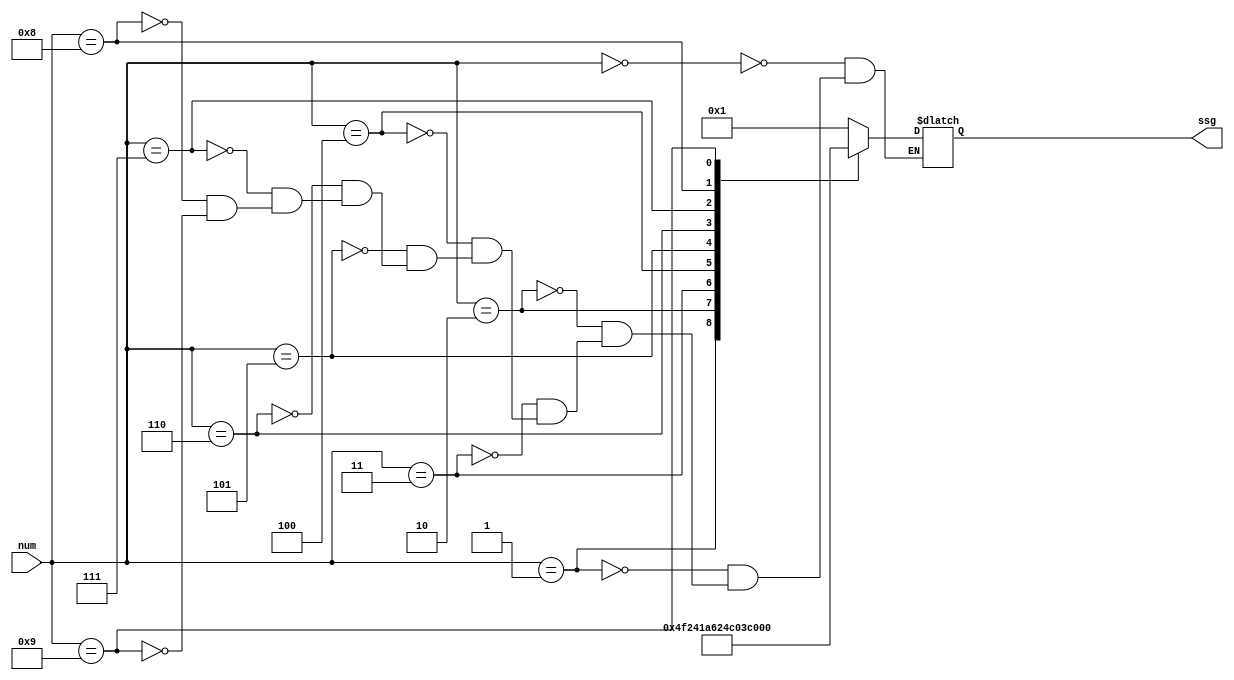
module ssgfont (
   input [3:0]      num,
   output reg [6:0] ssg);

   always @(*)
     begin
        case(num)
          4'h0: ssg <= ~7'b1111110;
          4'h1: ssg <= ~7'b0110000;
          4'h2: ssg <= ~7'b1101101;
          4'h3: ssg <= ~7'b1111001;
          4'h4: ssg <= ~7'b0110011;
          4'h5: ssg <= ~7'b1011011;
          4'h6: ssg <= ~7'b0011111;
          4'h7: ssg <= ~7'b1110000;
          4'h8: ssg <= ~7'b1111111;
          4'h9: ssg <= ~7'b1110011;
        endcase // case (num)
     end // always @ (*)
endmodule // ssgfont